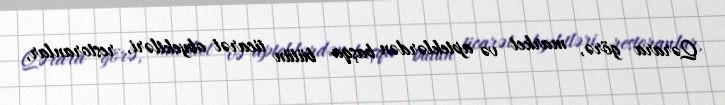
Qərara görə, market və apteklərdən başqa bütün ticarət obyektləri, restoranlar,